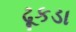
ઢૂકડા